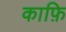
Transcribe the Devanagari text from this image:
काफ़ि